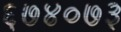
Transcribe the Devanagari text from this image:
६७४०७३